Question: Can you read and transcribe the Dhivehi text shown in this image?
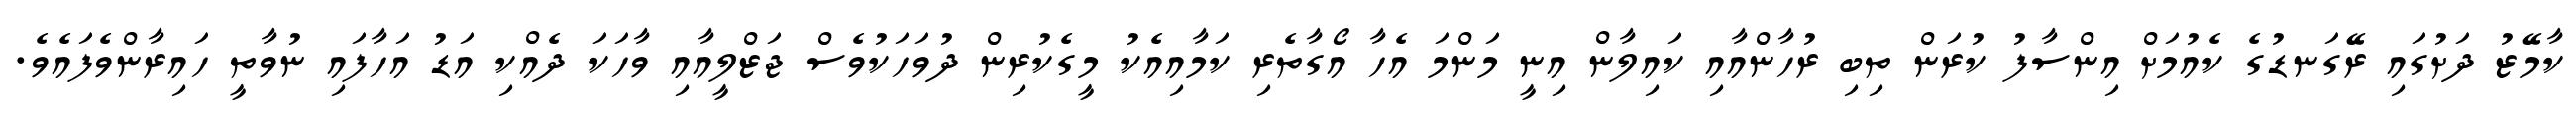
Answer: ކާމޭޒު ދަށުގައި ރޭގަނޑުގެ ކެއުމަށް އިންސާފު ކުރަން ތިބި ރުހާންއާއި ކައިލާން އިނީ މަންމަ އެހާ އޯގާތެރި ކަމާއިއެކު މީގެކުރިން ދުވަހަކުވެސް ޖަޒްލީއާއި ވާހަކަ ދެއްކި އަޑު އަހާފައި ނުވާތީ ހައިރާންވެފައެވެ.